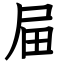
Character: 屇